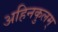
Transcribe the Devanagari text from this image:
अहिनकुलम्